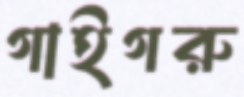
গাইগরু